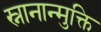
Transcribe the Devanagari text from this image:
स्नानान्मुक्ति